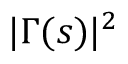
| \Gamma ( s ) | ^ { 2 }